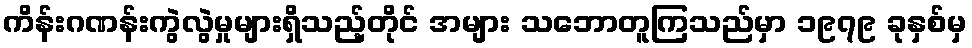
ကိန်းဂဏန်းကွဲလွဲမှုများရှိသည့်တိုင် အများ သဘောတူကြသည်မှာ ၁၉၇၉ ခုနှစ်မှ